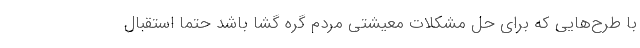
با طرح‌هایی که برای حل مشکلات معیشتی مردم گره گشا باشد حتما استقبال